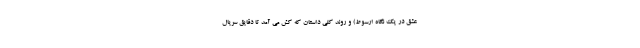
عشق در یک نگاه ارسوط) و روند کلی داستان که کش می آمد تا دقایق سریال